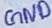
Text: GND